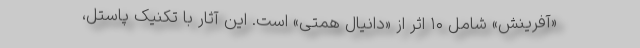
«آفرینش» شامل ۱۰ اثر از «دانیال همتی» است. این آثار با تکنیک پاستل،